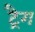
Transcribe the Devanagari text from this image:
ट्रैग